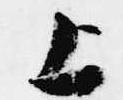
上